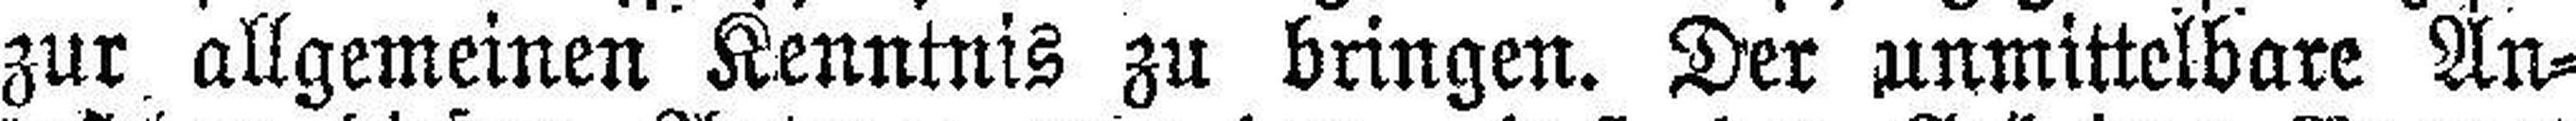
zur allgemeinen Kenntnis zu bringen. Der unmittelbare An¬